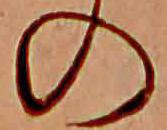
の